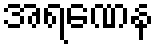
အရဏေန